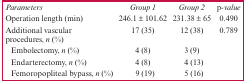
<table><thead><tr><td><b><i>Parameters</i></b></td><td><b><i>Group 1</i></b></td><td><b><i>Group 2</i></b></td><td><b><i>p-value</i></b></td></tr></thead><tbody><tr><td>Operation length (min)</td><td>246.1 ± 101.62</td><td>231.38 ± 65</td><td>0.490</td></tr><tr><td>Additional vascular procedures, <i>n</i> (%)</td><td>17 (35)</td><td>12 (38)</td><td>0.789</td></tr><tr><td>Embolectomy, <i>n</i> (%)</td><td>4 (8)</td><td>3 (9)</td><td></td></tr><tr><td>Endarterectomy, <i>n</i> (%)</td><td>4 (8)</td><td>4 (13)</td><td></td></tr><tr><td>Femoropopliteal bypass, <i>n</i> (%)</td><td>9 (19)</td><td>5 (16)</td><td></td></tr></tbody></table>